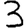
Digit: 3